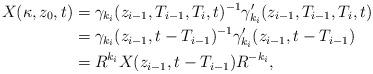
LaTeX: \begin{align*}X(\kappa,z_0,t) &= \gamma_{k_i}(z_{i-1},T_{i-1},T_{i},t)^{-1} \gamma_{k_i}'(z_{i-1},T_{i-1},T_{i},t) \\ &=\gamma_{k_i}(z_{i-1},t-T_{i-1})^{-1}\gamma_{k_i}'(z_{i-1},t-T_{i-1})\\ &= R^{k_i} X(z_{i-1},t - T_{i-1}) R^{-k_i},\end{align*}